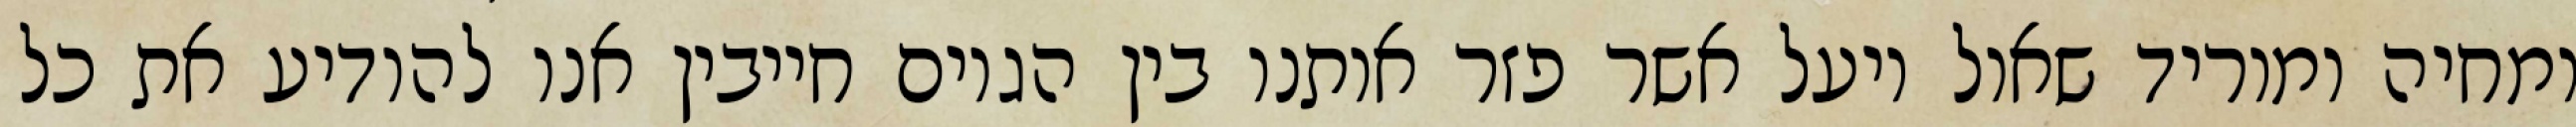
ומחיה ומוריד שאול ויעל אשר פזר אותנו בין הגוים חייבין אנו להודיע את כל